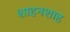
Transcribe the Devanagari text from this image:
शाहनशाह